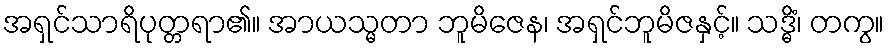
အရှင်သာရိပုတ္တရာ၏။ အာယသ္မတာ ဘူမိဇေန၊ အရှင်ဘူမိဇနှင့်။ သဒ္ဓိံ၊ တကွ။